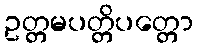
ဥတ္တမပတ္တိပတ္တော